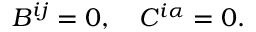
B ^ { i j } = 0 , \quad C ^ { i \alpha } = 0 .